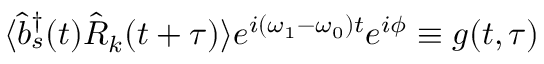
\langle { \hat { b } } _ { s } ^ { \dagger } ( t ) { \hat { R } } _ { k } ( t + \tau ) \rangle e ^ { i ( \omega _ { 1 } - \omega _ { 0 } ) t } e ^ { i \phi } \equiv g ( t , \tau )